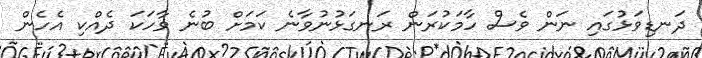
ދަނޑިވަޅުގައި ނަން ވެސް ހާމަކުރަން ރަނގަޅުނުވާނެ ކަމަށް ބުނެ ވާހަކަ ދެއްކި އެހެން